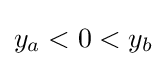
y_{a}<0<y_{b}